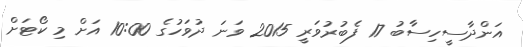
އަންދާސީހިސާބު 17 ފެބުރުވަރީ 2015 ވަނަ ދުވަހުގެ 10:00 އަށް މި ކޯޓަށް